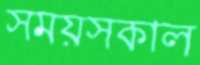
সময়সকাল